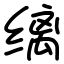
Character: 缡